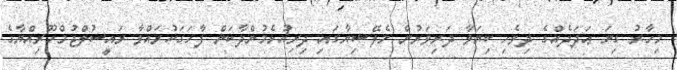
މިހާރު ގިނަ ޢަދަދެއްގެ ދިވެހި ކިޔަވާ ދަރިވަރުން މެލޭޝިޔާގައި ދިރިއުޅެމުންދާކަން ފާހަގަކުރައްވާ ރައީސުލްޖުމްހޫރިއްޔާގެ